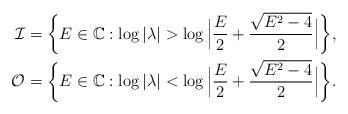
LaTeX: \begin{align*}\mathcal{I}&=\bigg\{E\in \mathbb{C}: \log|\lambda| > \log \Big|\frac{E}{2}+\frac{\sqrt{E^{2}-4}}{2}\Big| \bigg\},\\\mathcal{O}&=\bigg\{E\in \mathbb{C}: \log|\lambda| < \log \Big|\frac{E}{2}+\frac{\sqrt{E^{2}-4}}{2}\Big| \bigg\}.\end{align*}